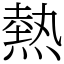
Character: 熱